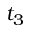
t _ { 3 }